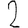
Digit: 2